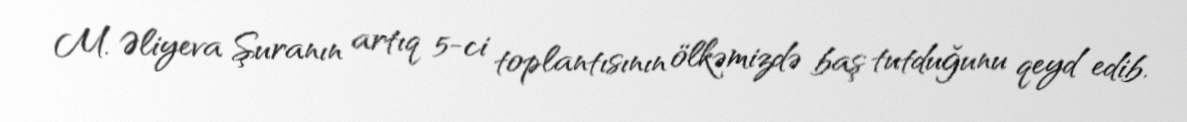
M. Əliyeva Şuranın artıq 5-ci toplantısının ölkəmizdə baş tutduğunu qeyd edib.